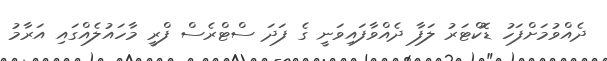
ދެއްވުމަށްފަހު ޑޮކްޓަރު ލަފާ ދެއްވާފައިވަނީ ގެ ފަދަ ސްޓްރެސް ފްރީ މާހައުލެއްގައި އަރާމު